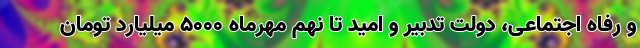
و رفاه اجتماعی، دولت تدبیر و امید تا نهم مهرماه ۵۰۰۰ میلیارد تومان